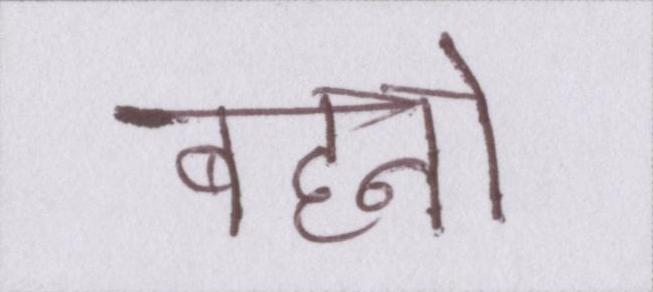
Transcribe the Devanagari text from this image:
बहनो